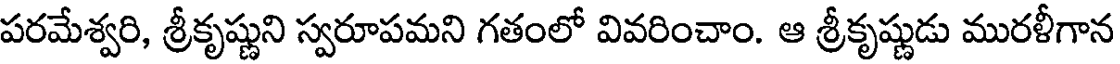
పరమేశ్వరి, శ్రీకృష్ణుని స్వరూపమని గతంలో వివరించాం. ఆ శ్రీకృష్ణుడు మురళీగాన